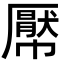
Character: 𢅠